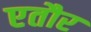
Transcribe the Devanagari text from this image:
एतौर